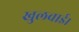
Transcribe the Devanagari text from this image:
खुलवाई।